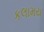
કલામય